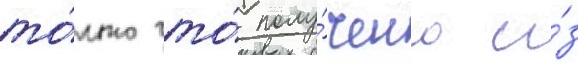
то́лько что́ полу́чено и́з